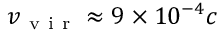
v _ { \mathrm { ~ v ~ i ~ r ~ } } \approx 9 \times 1 0 ^ { - 4 } c